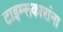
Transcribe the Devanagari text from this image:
टाइम्सकारांना